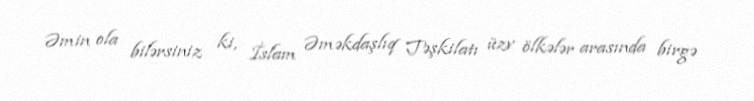
Əmin ola bilərsiniz ki, İslam Əməkdaşlıq Təşkilatı üzv ölkələr arasında birgə